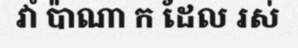
វាំ ប៉ាណា ក ដែល រស់